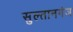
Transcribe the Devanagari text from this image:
सुल्‍तानगंज